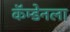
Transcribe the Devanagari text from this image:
कॅम्डेनला